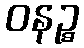
ဝနဉ္စ